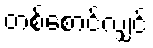
တစ်စောင်လျှင်